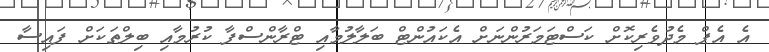
އެ އެޕް މެދުވެރިކޮށް ކަސްޓަމަރުންނަށް އެކައުންޓް ބަލާލުމާއި ޓްރާންސްފާ ކުރުމާއި ބިލްތަކަށް ފައިސާ